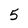
Character: 5